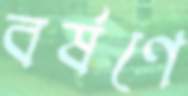
বর্ষণে